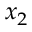
x _ { 2 }